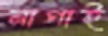
নাগাই